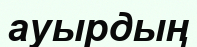
ауырдың